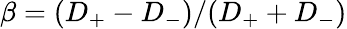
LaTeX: \beta=(D_{+}-D_{-})/(D_{+}+D_{-})